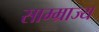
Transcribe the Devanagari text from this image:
साम्म्राज्य